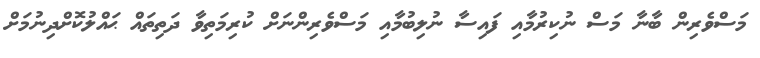
މަސްވެރިން ބާނާ މަސް ނުކިރުމާއި ފައިސާ ނުލިބުމާއި މަސްވެރިންނަށް ކުރިމަތިވާ ދަތިތައް ޙައްލުކޮށްދިނުމަށް